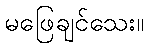
မဖြေချင်သေး။